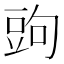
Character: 𧯠